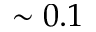
\sim 0 . 1